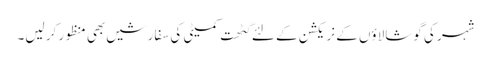
شہر کی گوشالاؤں کے نریکشن کے لئے گٹھت کمیٹی کی سفارشیں بھی منظور کر لیں۔